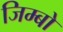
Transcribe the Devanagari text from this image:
जिम्बो